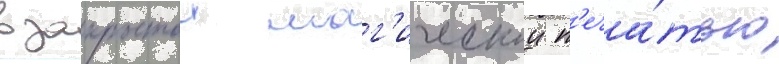
в закрытои маг'ическои п'еча́тью